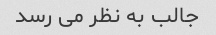
جالب به نظر می رسد